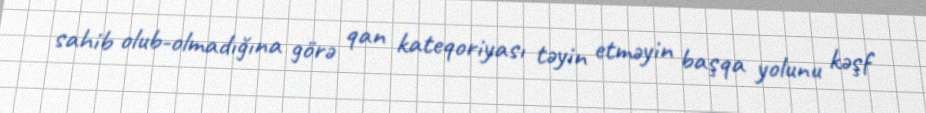
sahib olub-olmadığına görə qan kateqoriyası təyin etməyin başqa yolunu kəşf